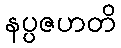
နပ္ပဇဟတိ